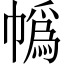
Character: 𪩼